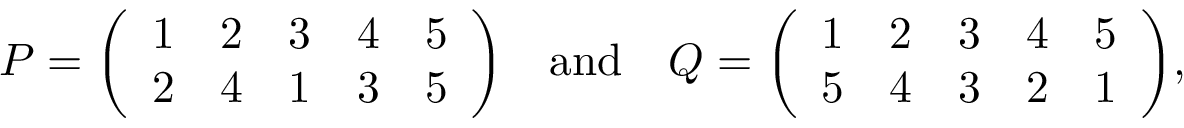
P = { \left( \begin{array} { l l l l l } { 1 } & { 2 } & { 3 } & { 4 } & { 5 } \\ { 2 } & { 4 } & { 1 } & { 3 } & { 5 } \end{array} \right) } \quad { \mathrm { a n d } } \quad Q = { \left( \begin{array} { l l l l l } { 1 } & { 2 } & { 3 } & { 4 } & { 5 } \\ { 5 } & { 4 } & { 3 } & { 2 } & { 1 } \end{array} \right) } ,